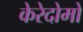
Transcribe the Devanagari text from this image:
केरेदोमो